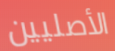
الأصليين